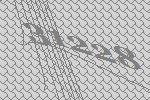
31228